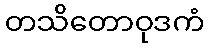
တသိတောဝုဒကံ